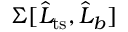
\Sigma [ \widehat { L } _ { \mathrm { t s } } , \widehat { L } _ { b } ]